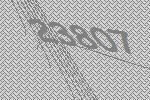
23807